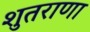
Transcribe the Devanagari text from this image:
शुतराणा